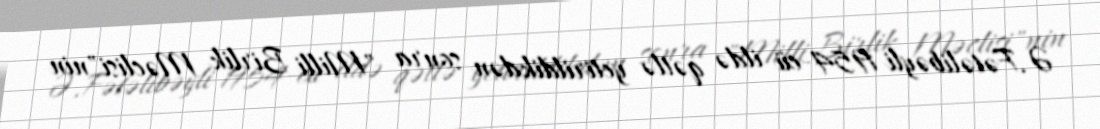
Ə.Fətəlibəyli 1954-cü ildə qətlə yetirildikdən sonra "Milli Birlik Məclisi"nin